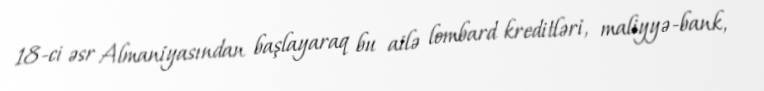
18-ci əsr Almaniyasından başlayaraq bu ailə lombard kreditləri, maliyyə-bank,